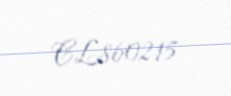
CL860215